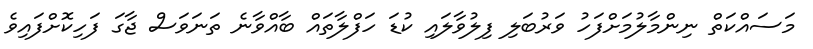
މަސައްކަތް ނިންމާލުމަށްފަހު ވަރުބަލި ފިލުވާލައި ކުޑަ ހަފްލާތައް ބާއްވާނެ ތަނަވަސް ޖާގަ ފަހިކޮށްފައިވެ